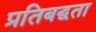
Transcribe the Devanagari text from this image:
प्रतिबद्घता